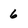
Character: 6